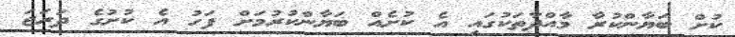
ކުށް ބަޔާންކުރާ މާއްދާތަކުގައި އެ ކުށެއް ބަޔާންކުރުމަށް ފަހު އެ ކުށުގެ ދަރަޖަ